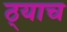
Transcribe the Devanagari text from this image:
ठ्याच